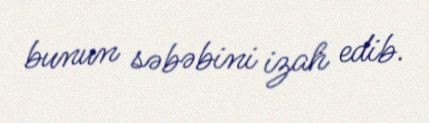
bunun səbəbini izah edib.